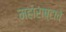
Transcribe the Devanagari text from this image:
महाराष्टाचे